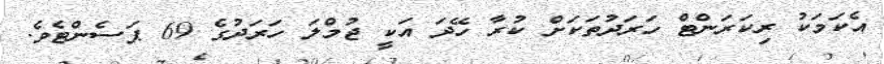
އެކަމަކު ރިކަރަންޓް ހަރަދުތަކަށް ކުރާ ހޭދަ އަކީ ޖުމްލަ ހަރަދުގެ 69 ޕަސެންޓެވެ.